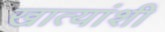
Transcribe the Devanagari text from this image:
खात्यांशी